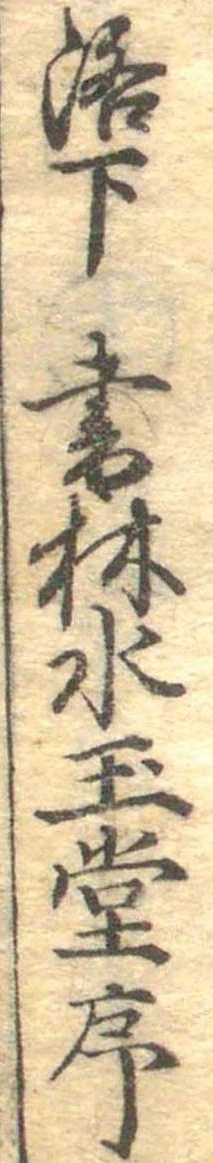
洛下書林水玉堂序